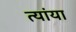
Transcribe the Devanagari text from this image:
त्यांया